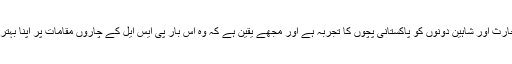
انھوں نے مزید کہا کہ حارث اور شاہین دونوں کو پاکستانی پچوں کا تجربہ ہے اور مجھے یقین ہے کہ وہ اس بار پی ایس ایل کے چاروں مقامات پر اپنا بہترین کھیل پیش کریں گے۔